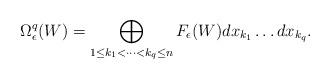
LaTeX: \begin{align*}\Omega^q_\epsilon(W) = \bigoplus_{1\leq k_{1}< \dots < k_{q}\leq n} F_\epsilon(W) dx_{k_1}\dots dx_{k_q}.\end{align*}